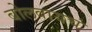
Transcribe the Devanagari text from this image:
बोलवायचं